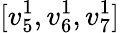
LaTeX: [v_{5}^{1},v_{6}^{1},v_{7}^{1}]